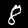
Label: 8